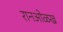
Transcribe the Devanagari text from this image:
रानओळख